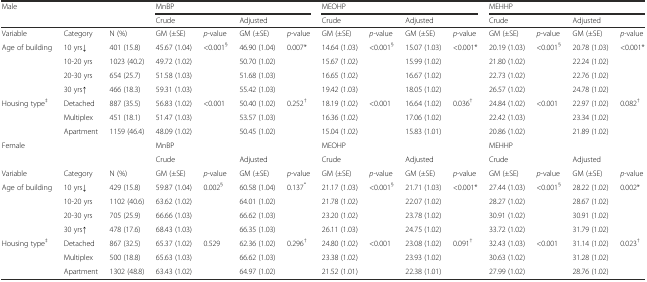
<table><thead><tr><td rowspan="2" colspan="3"><b>Male</b></td><td colspan="4"><b>MnBP</b></td><td colspan="4"><b>MEOHP</b></td><td colspan="4"><b>MEHHP</b></td></tr><tr><td colspan="2"><b>Crude</b></td><td colspan="2"><b>Adjusted</b></td><td colspan="2"><b>Crude</b></td><td colspan="2"><b>Adjusted</b></td><td colspan="2"><b>Crude</b></td><td colspan="2"><b>Adjusted</b></td></tr></thead><tbody><tr><td>Variable</td><td>Category</td><td>N (%)</td><td>GM (±SE)</td><td><i>p</i>-value</td><td>GM (±SE)</td><td><i>p</i>-value</td><td>GM (±SE)</td><td><i>p</i>-value</td><td>GM (±SE)</td><td><i>p</i>-value</td><td>GM (±SE)</td><td><i>p</i>-value</td><td>GM (±SE)</td><td><i>p</i>-value</td></tr><tr><td>Age of building</td><td>10 yrs↓</td><td>401 (15.8)</td><td>45.67 (1.04)</td><td>&lt;0.001<sup>§</sup></td><td>46.90 (1.04)</td><td>0.007*</td><td>14.64 (1.03)</td><td rowspan="4">&lt;0.001<sup>§</sup></td><td>15.07 (1.03)</td><td rowspan="4">&lt;0.001*</td><td>20.19 (1.03)</td><td rowspan="4">&lt;0.001<sup>§</sup></td><td>20.78 (1.03)</td><td rowspan="4">&lt;0.001*</td></tr><tr><td></td><td>10-20 yrs</td><td>1023 (40.2)</td><td>49.72 (1.02)</td><td></td><td>50.70 (1.02)</td><td></td><td>15.67 (1.02)</td><td>15.99 (1.02)</td><td>21.80 (1.02)</td><td>22.24 (1.02)</td></tr><tr><td></td><td>20-30 yrs</td><td>654 (25.7)</td><td>51.58 (1.03)</td><td></td><td>51.68 (1.03)</td><td></td><td>16.65 (1.02)</td><td>16.67 (1.02)</td><td>22.73 (1.02)</td><td>22.76 (1.02)</td></tr><tr><td></td><td>30 yrs↑</td><td>466 (18.3)</td><td>59.31 (1.03)</td><td></td><td>55.42 (1.03)</td><td></td><td>19.42 (1.03)</td><td>18.05 (1.02)</td><td>26.57 (1.02)</td><td>24.78 (1.02)</td></tr><tr><td>Housing type<sup>‡</sup></td><td>Detached</td><td>887 (35.5)</td><td>56.83 (1.02)</td><td rowspan="3">&lt;0.001</td><td>50.40 (1.02)</td><td>0.252<sup>†</sup></td><td>18.19 (1.02)</td><td rowspan="3">&lt;0.001</td><td>16.64 (1.02)</td><td rowspan="3">0.036<sup>†</sup></td><td>24.84 (1.02)</td><td>&lt;0.001</td><td>22.97 (1.02)</td><td rowspan="3">0.082<sup>†</sup></td></tr><tr><td></td><td>Multiplex</td><td>451 (18.1)</td><td>51.47 (1.03)</td><td>53.57 (1.03)</td><td></td><td>16.36 (1.02)</td><td>17.06 (1.02)</td><td>22.42 (1.03)</td><td></td><td>23.34 (1.02)</td></tr><tr><td></td><td>Apartment</td><td>1159 (46.4)</td><td>48.09 (1.02)</td><td>50.45 (1.02)</td><td></td><td>15.04 (1.02)</td><td>15.83 (1.01)</td><td>20.86 (1.02)</td><td></td><td>21.89 (1.02)</td></tr><tr><td rowspan="2" colspan="3">Female</td><td colspan="4">MnBP</td><td colspan="4">MEOHP</td><td colspan="4">MEHHP</td></tr><tr><td colspan="2">Crude</td><td colspan="2">Adjusted</td><td colspan="2">Crude</td><td colspan="2">Adjusted</td><td colspan="2">Crude</td><td colspan="2">Adjusted</td></tr><tr><td>Variable</td><td>Category</td><td>N (%)</td><td>GM (±SE)</td><td><i>p</i>-value</td><td>GM (±SE)</td><td><i>p</i>-value</td><td>GM (±SE)</td><td><i>p</i>-value</td><td>GM (±SE)</td><td><i>p</i>-value</td><td>GM (±SE)</td><td><i>p</i>-value</td><td>GM (±SE)</td><td><i>p</i>-value</td></tr><tr><td>Age of building</td><td>10 yrs↓</td><td>429 (15.8)</td><td>59.87 (1.04)</td><td rowspan="4">0.002<sup>§</sup></td><td>60.58 (1.04)</td><td rowspan="4">0.137<sup>*</sup></td><td>21.17 (1.03)</td><td rowspan="4">&lt;0.001<sup>§</sup></td><td>21.71 (1.03)</td><td rowspan="4">&lt;0.001*</td><td>27.44 (1.03)</td><td rowspan="4">&lt;0.001<sup>§</sup></td><td>28.22 (1.02)</td><td rowspan="4">0.002*</td></tr><tr><td></td><td>10-20 yrs</td><td>1102 (40.6)</td><td>63.62 (1.02)</td><td>64.01 (1.02)</td><td>21.78 (1.02)</td><td>22.07 (1.02)</td><td>28.27 (1.02)</td><td>28.67 (1.02)</td></tr><tr><td></td><td>20-30 yrs</td><td>705 (25.9)</td><td>66.66 (1.03)</td><td>66.62 (1.03)</td><td>23.20 (1.02)</td><td>23.78 (1.02)</td><td>30.91 (1.02)</td><td>30.91 (1.02)</td></tr><tr><td></td><td>30 yrs↑</td><td>478 (17.6)</td><td>68.43 (1.03)</td><td>66.35 (1.03)</td><td>26.11 (1.03)</td><td>24.75 (1.02)</td><td>33.72 (1.02)</td><td>31.79 (1.02)</td></tr><tr><td>Housing type<sup>‡</sup></td><td>Detached</td><td>867 (32.5)</td><td>65.37 (1.02)</td><td rowspan="3">0.529</td><td>62.36 (1.02)</td><td rowspan="3">0.296<sup>†</sup></td><td>24.80 (1.02)</td><td rowspan="3">&lt;0.001</td><td>23.08 (1.02)</td><td rowspan="3">0.091<sup>†</sup></td><td>32.43 (1.03)</td><td rowspan="3">&lt;0.001</td><td>31.14 (1.02)</td><td rowspan="3">0.023<sup>†</sup></td></tr><tr><td></td><td>Multiplex</td><td>500 (18.8)</td><td>65.63 (1.03)</td><td>66.62 (1.03)</td><td>23.38 (1.02)</td><td>23.93 (1.02)</td><td>30.63 (1.02)</td><td>31.28 (1.02)</td></tr><tr><td></td><td>Apartment</td><td>1302 (48.8)</td><td>63.43 (1.02)</td><td>64.97 (1.02)</td><td>21.52 (1.01)</td><td>22.38 (1.01)</td><td>27.99 (1.02)</td><td>28.76 (1.02)</td></tr></tbody></table>